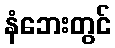
နံဘေးတွင်